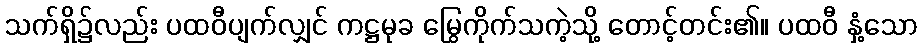
သက်ရှိ၌လည်း ပထဝီပျက်လျှင် ကဋ္ဌမုခ မြွေကိုက်သကဲ့သို့ တောင့်တင်း၏။ ပထဝီ နှံ့သော